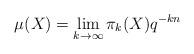
LaTeX: \begin{align*} \mu(X) = \lim_{k\to\infty} \pi_k(X) q^{-kn} \end{align*}